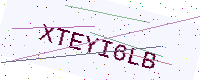
Text: XTEYI6LB